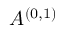
A ^ { ( 0 , 1 ) }